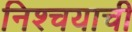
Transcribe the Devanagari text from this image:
निश्चयाची